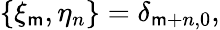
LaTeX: \{ \xi_{\mathsf{m}},\eta_{n}\} =\delta_{\mathsf{m}+n,0},